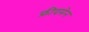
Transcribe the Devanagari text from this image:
फ्रीदमेन